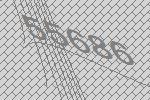
55686